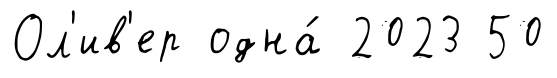
Ол'ив'ер одна́ 2023 50